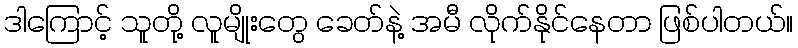
ဒါကြောင့် သူတို့ လူမျိုးတွေ ခေတ်နဲ့ အမီ လိုက်နိုင်နေတာ ဖြစ်ပါတယ်။